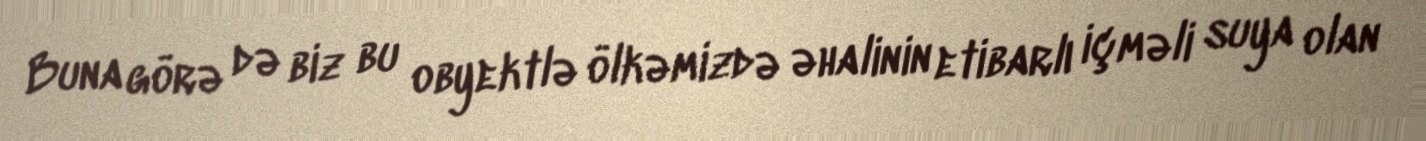
Buna görə də biz bu obyektlə ölkəmizdə əhalinin etibarlı içməli suya olan